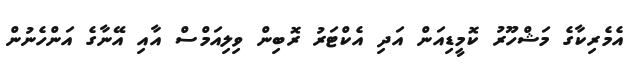
އެމެރިކާގެ މަޝްހޫރު ކޮމީޑިއަން އަދި އެކްޓަރު ރޮބިން ވިލިއަމްސް އާއި އޭނާގެ އަންހެނުން